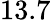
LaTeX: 13.7